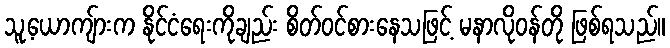
သူ့ယောကျ်ားက နိုင်ငံရေးကိုချည်း စိတ်ဝင်စားနေသဖြင့် မနာလိုဝန်တို ဖြစ်ရသည်။